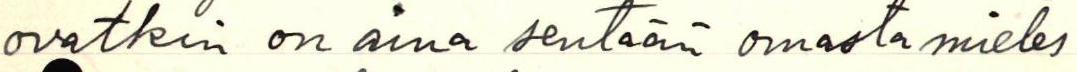
ovatkin on aina sentään omasta mieles